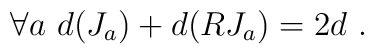
\forall a~d(J_a)+d(RJ_a)=2d~.